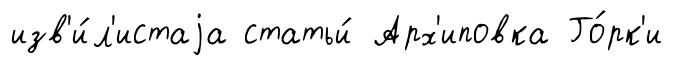
изв'и́л'истаjа статьи́ Арх'иповка Го́рк'и